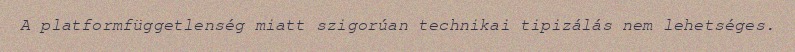
A platformfüggetlenség miatt szigorúan technikai tipizálás nem lehetséges.